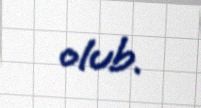
olub.